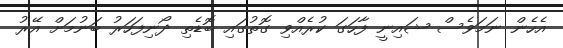
އެހެން ނަމަވެސް ޝައިނީ ފާހަގަ ކުރެއްވި ގޮތުގައި ބޮޑެތި ދޯނިފަހަރު ބަނުމަށް އޭރު